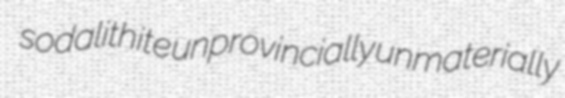
sodalithite unprovincially unmaterially